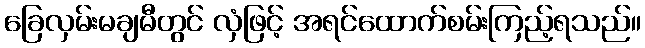
ခြေလှမ်းမချမီတွင် လှံဖြင့် အရင်ထောက်စမ်းကြည့်ရသည်။